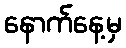
နောက်နေ့မှ